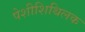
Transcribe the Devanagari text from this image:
पेशीशिथिलक